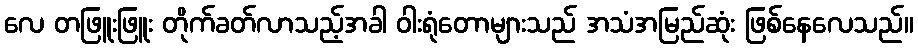
လေ တဖြူးဖြူး တိုက်ခတ်လာသည့်အခါ ဝါးရုံတောများသည် အသံအမြည်ဆုံး ဖြစ်နေလေသည်။